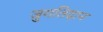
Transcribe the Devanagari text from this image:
जुगतिदान